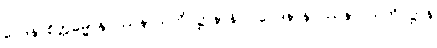
ဝေဒနာစိတ္တဓမ္မာနုပဿနာသတိပဋ္ဌာနာနိပိ၊ ဝေဒနာနုပဿနာ သတိပဋ္ဌာန်